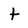
Character: t